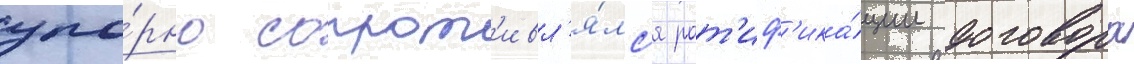
упо́рно сопрот'ивл'я́лс'я рат'иф'ика́ции договора